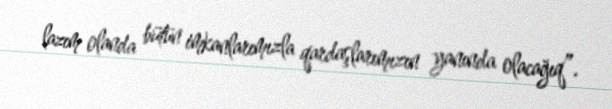
lazım olanda bütün imkanlarımızla qardaşlarımızın yanında olacağıq”.